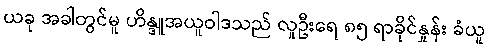
ယခု အခါတွင်မူ ဟိန္ဒူအယူဝါဒသည် လူဦးရေ ၈၅ ရာခိုင်နှုန်း ခံယူ